Jaan_Tonisson_(Lasteleht), lk 269
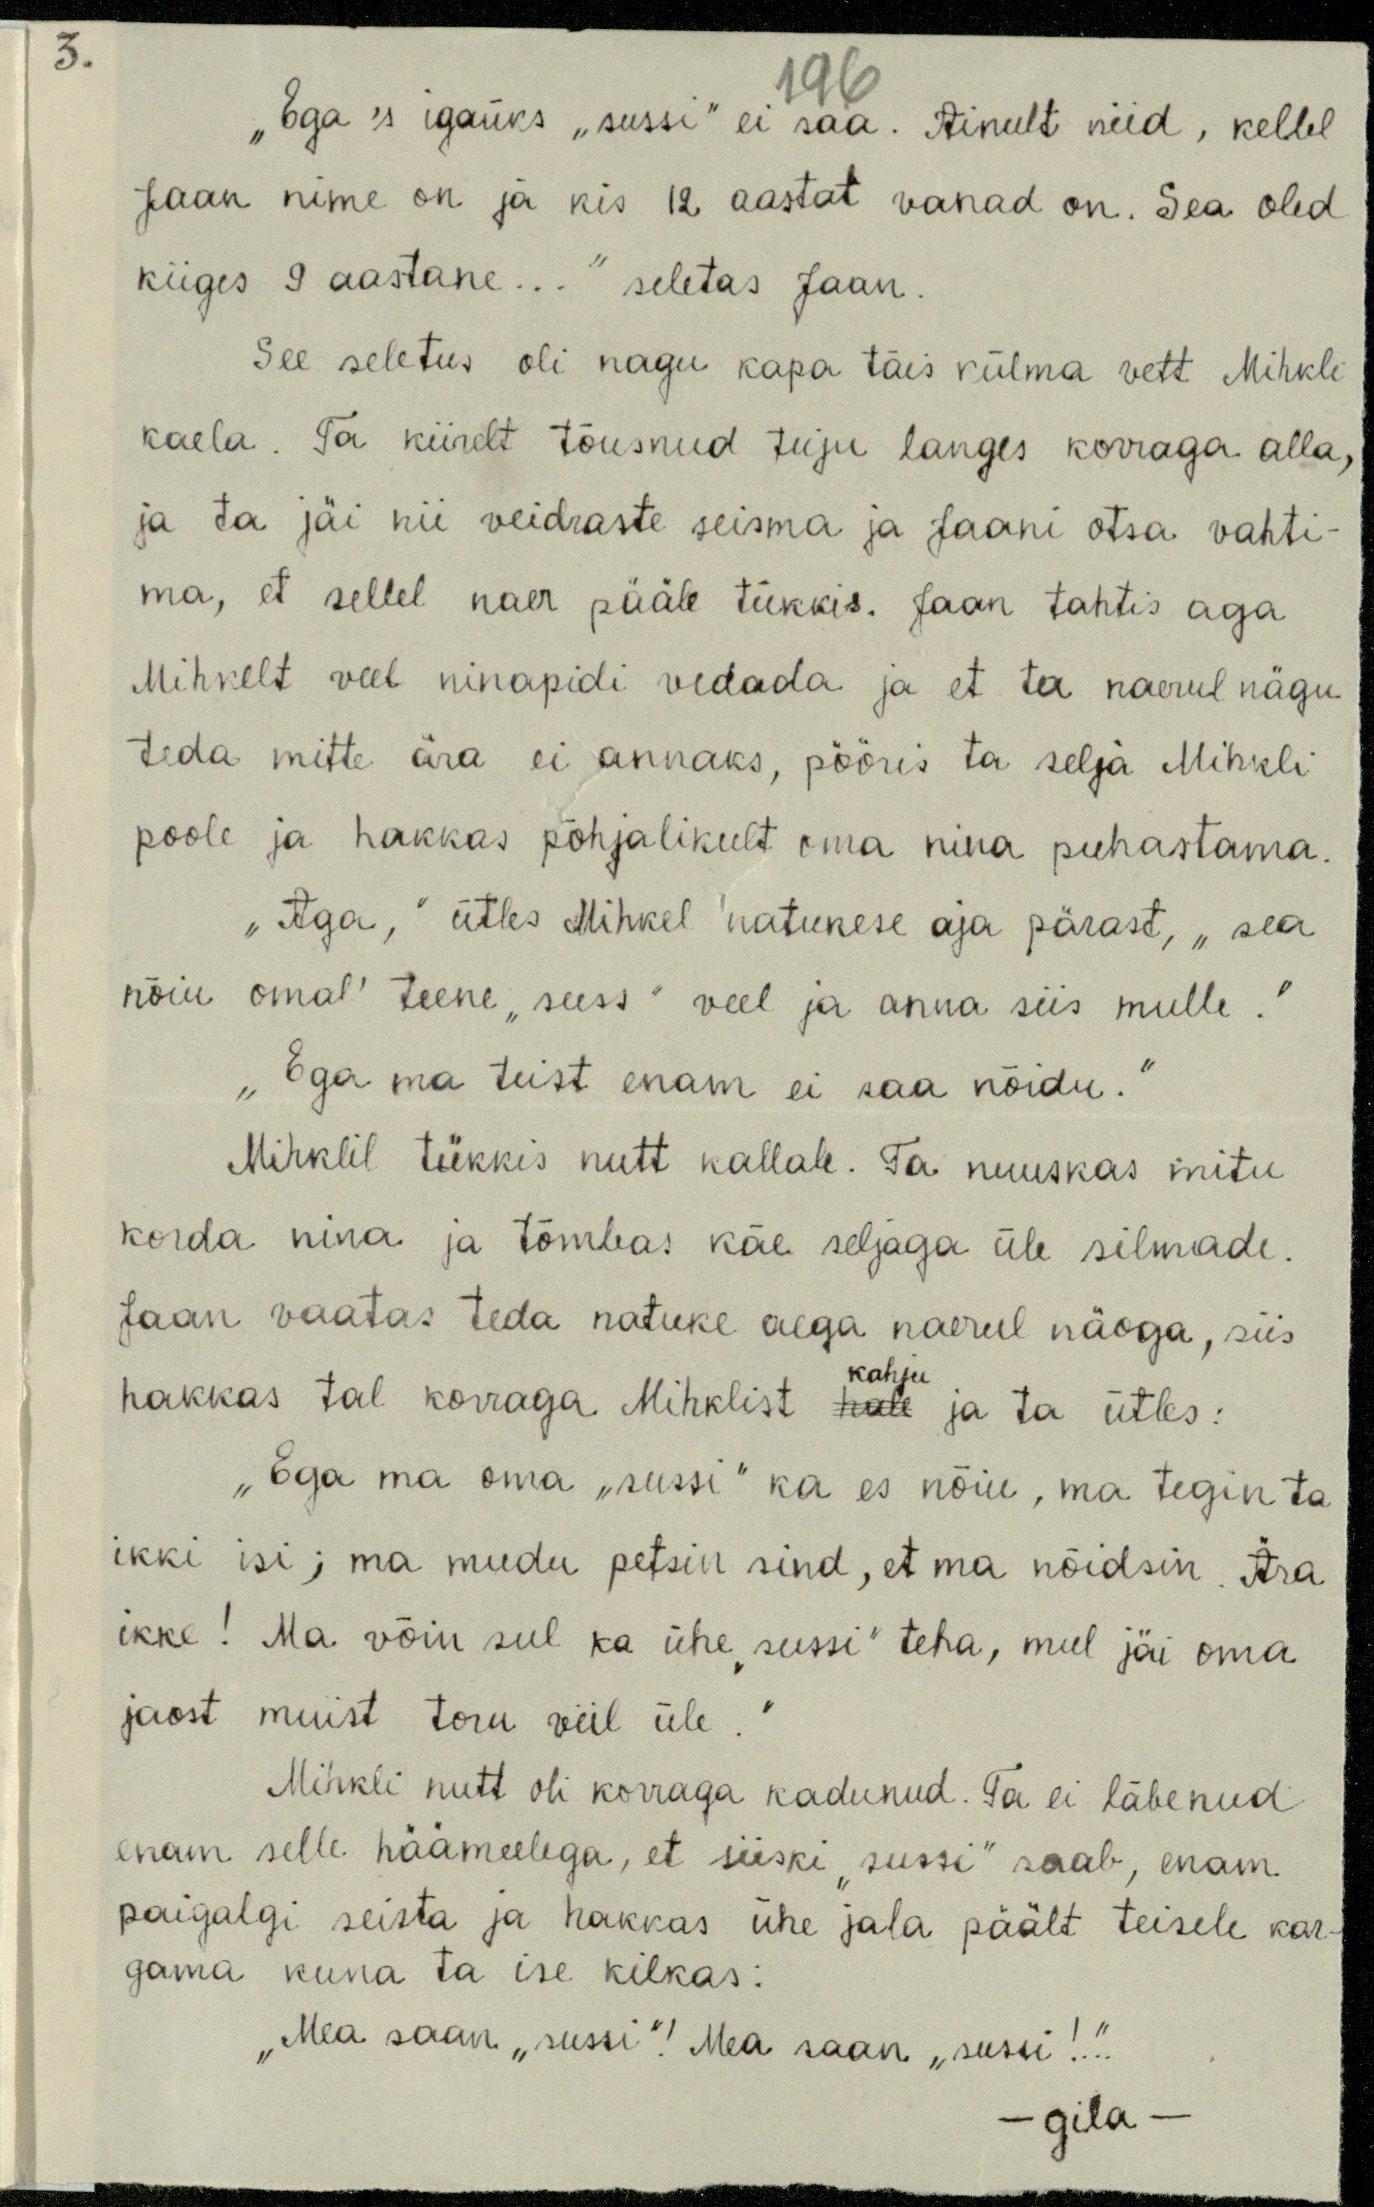
3.
196
"Ega's igaüks "sussi" ei saa. Ainult niid, kellel
Jaan nime on ja kis 12 aastat vanad on. Sea oled
kiiges 9 aastane..." seletas Jaan.
See seletus oli nagu kapa täis külma vett Mihkli
kaela. Ta kiirelt tõusnud tuju langes korraga alla,
ja ta jäi nii veidraste seisma ja Jaani otsa vahti-
ma, et sellel naer pääle tükkis. Jaan tahtis aga
Mihkelt veel ninapidi vedada ja et ta naerul nägu
teda mitte ära ei annaks, pööris ta selja Mihkli
poole ja hakkas põhjalikult oma nina puhastama.
„Aga," ütles Mihkel natukese aja pärast, "sea
nõiu omal' teene "suss" veel ja anna siis mulle."
„Ega ma teist enam ei saa nõidu.“
Mihklil tükkis nutt kallale. Ta nuuskas mitu
korda nina ja tõmbas käe seljaga üle silmade.
Jaan vaatas teda natuke aega naerul näoga, siis
hakkas tal korraga Mihklist hale ja ta ütles:
kahju
"Ega ma oma "sussi" ka es nõiu, ma tegin ta
ikki isi; ma mudu petsin sind, et ma nõidsin. Ära
ikke! Ma võin sul ka ühe "sussi" teha, mul jäi oma
jaost muist toru viil üle."
Mihkli nutt oli korraga kadunud. Ta ei läbenud
enam selle häämeelega, et siiski "sussi" saab, enam
paigalgi seista ja hakkas ühe jala päält teisele kar-
gama kuna ta ise kilkas:
"Mea saan "sussi". Mea saan "sussi!"...
-gila-